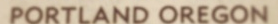
PORTLAND OREGON